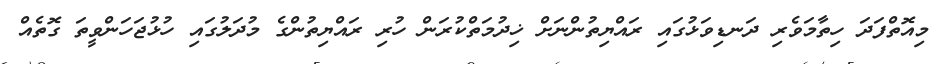
މިއޮތްފަދަ ހިތާމަވެރި ދަނޑިވަޅުގައި ރައްޔިތުންނަށް ޚިދުމަތްކުރަން ހުރި ރައްޔިތުންގެ މުދަލުގައި ހުޅުޖަހަންވީތަ ގޮތެއް